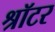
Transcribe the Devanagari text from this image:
श्रॉटर